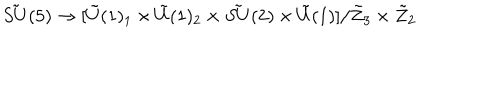
{ \tilde { S U } } ( 5 ) \rightarrow [ { \tilde { U } } ( 1 ) _ { 1 } \times { \tilde { U } } ( 1 ) _ { 2 } \times { \tilde { S U } } ( 2 ) \times { \tilde { U } } ( 1 ) ] / { \tilde { Z } } _ { 3 } \times { \tilde { Z } } _ { 2 } \nonumber